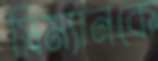
স্লিম্যানকে